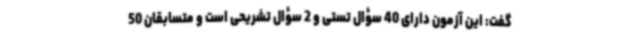
گفت: این آزمون دارای 40 سؤال تستی و 2 سؤال تشریحی است و متسابقان 50